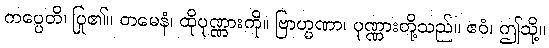
ကပ္ပေတိ၊ ပြု၏။ တမေနံ၊ ထိုပုဏ္ဏားကို။ ဗြာဟ္မဏာ၊ ပုဏ္ဏားတို့သည်။ ဧဝံ၊ ဤသို့။